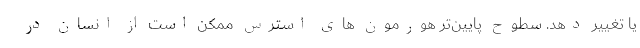
یا تغییر دهد. سطوح پایین‌تر هورمون های استرس ممکن است از انسان در